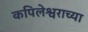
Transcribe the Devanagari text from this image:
कपिलेश्वराच्या